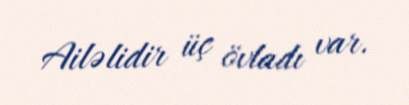
Ailəlidir üç övladı var.